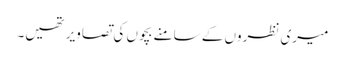
میری نظروں کے سامنے بچوں کی تصاویر تھیں۔